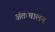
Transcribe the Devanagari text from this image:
अंतःचालन